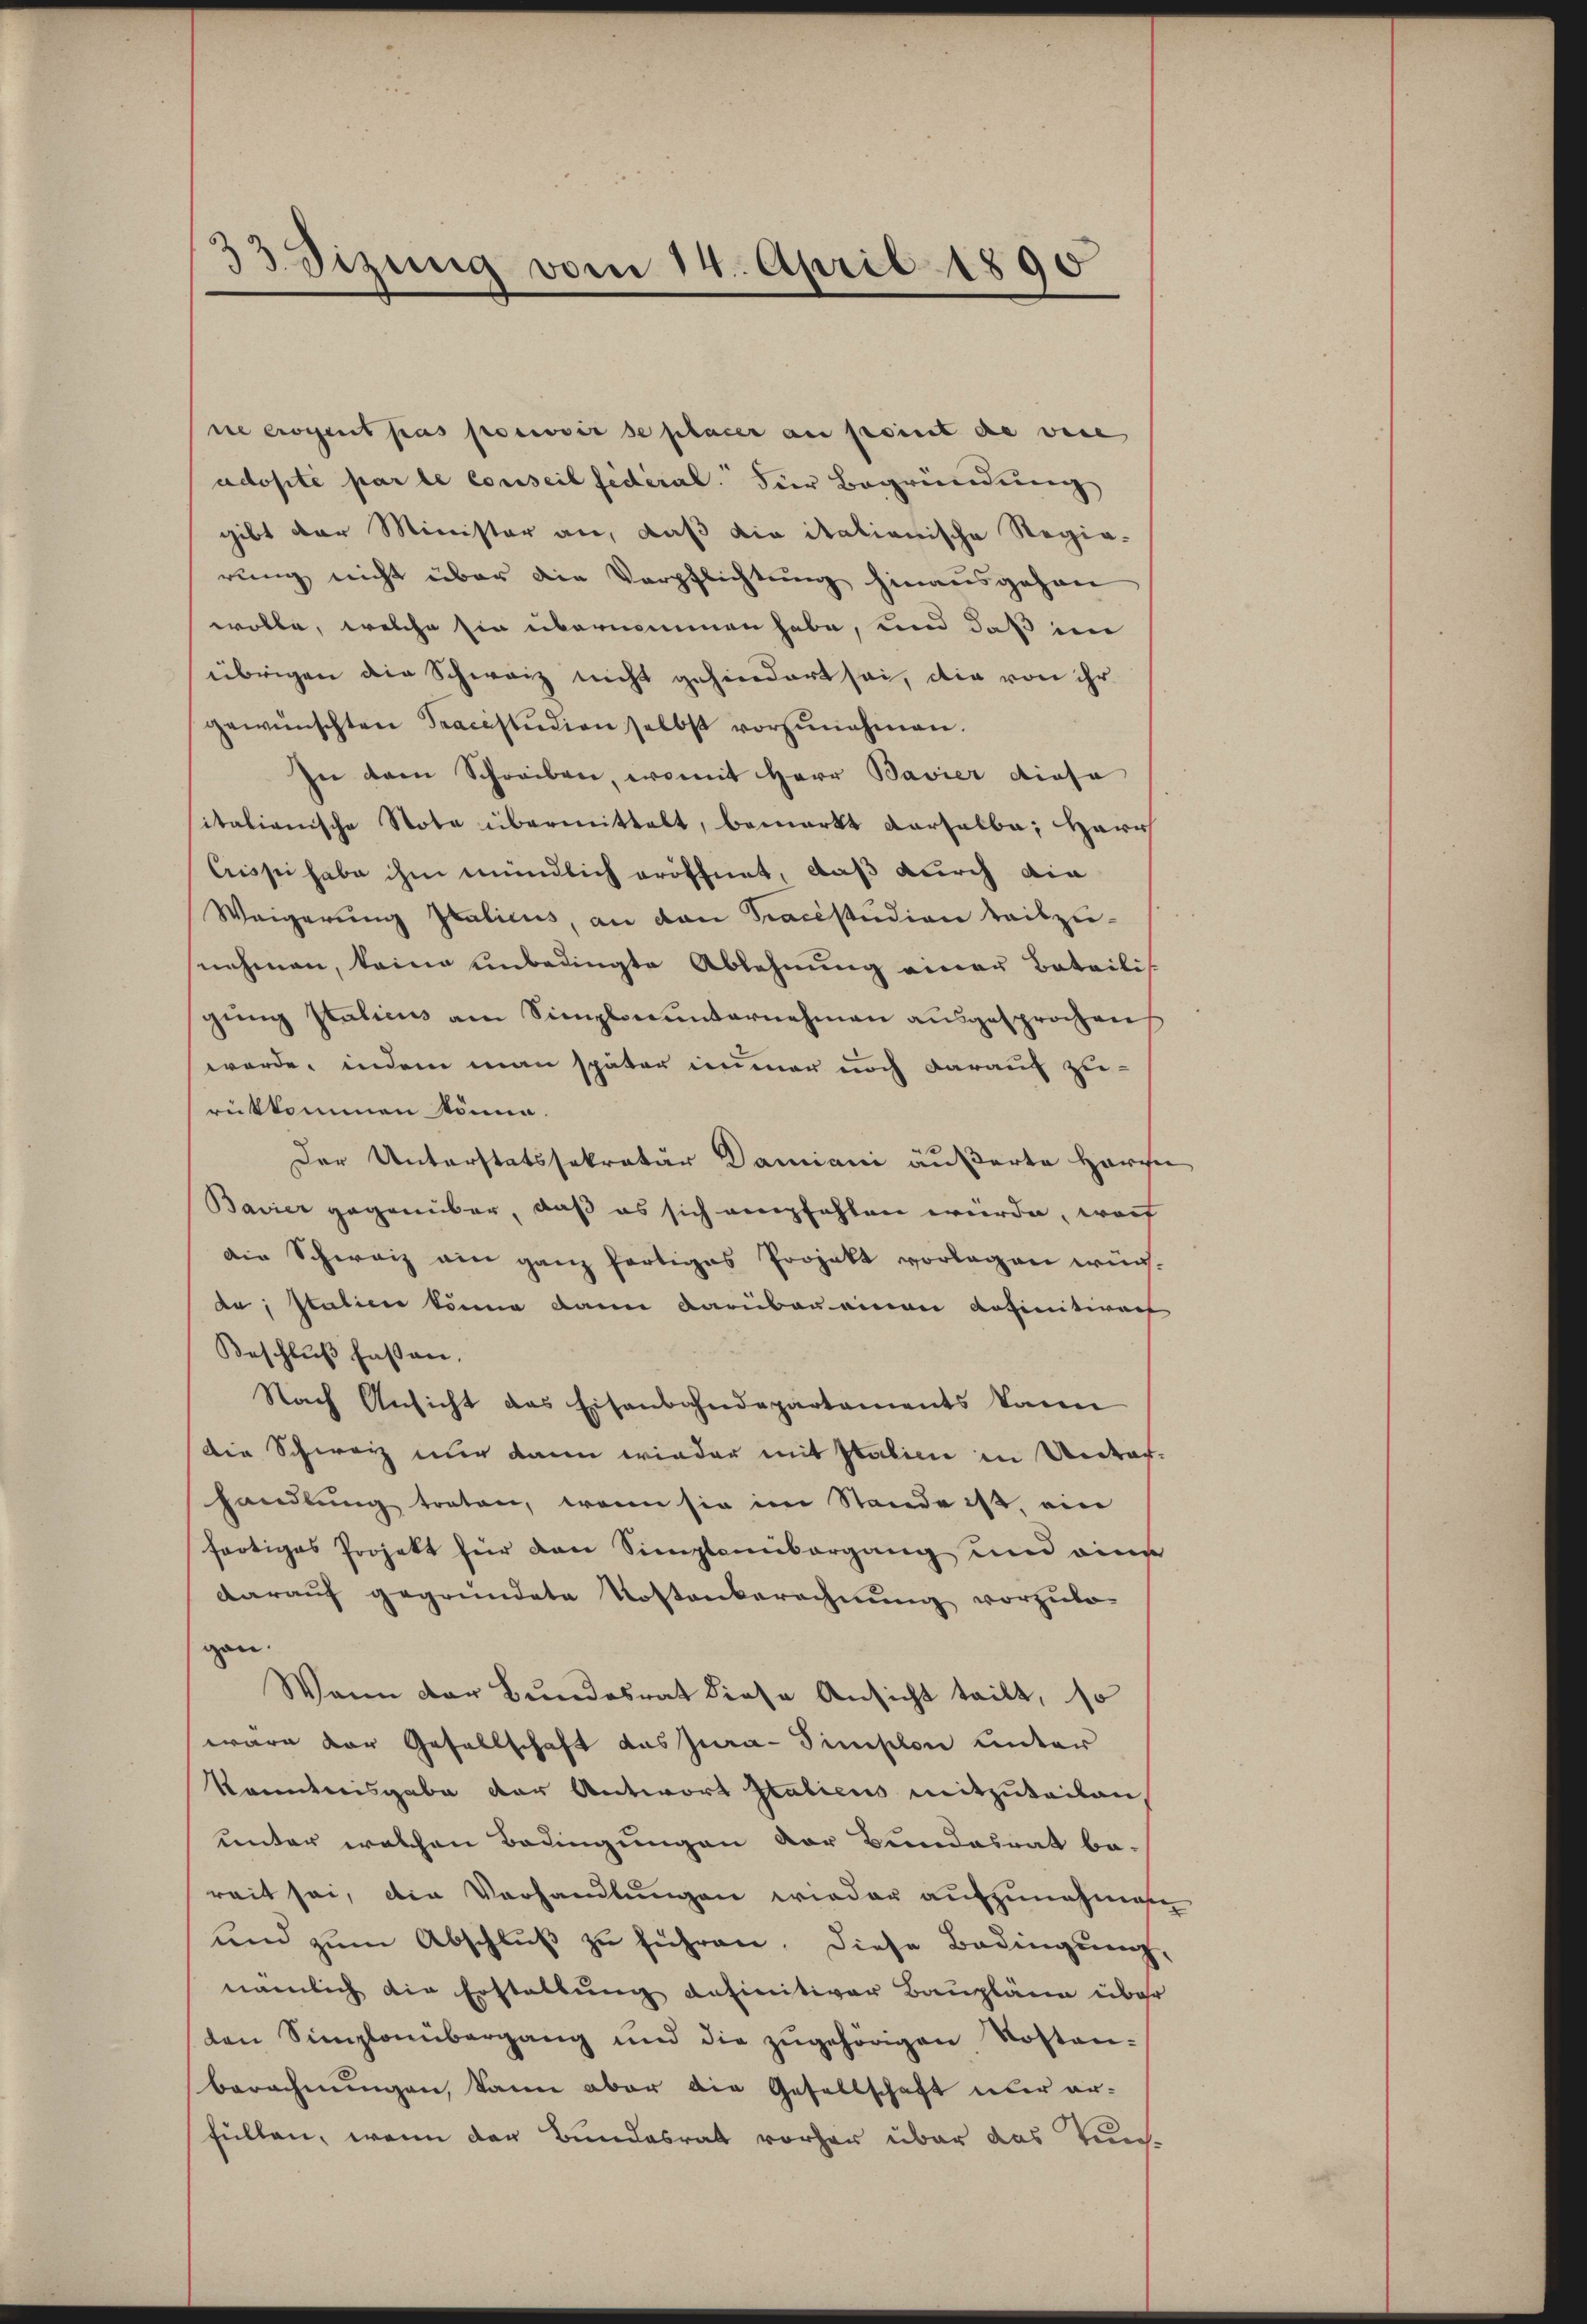
33 Sizung vom 14. April 1890

ne erogent pas promovir de placer au point die wese
adopté par le conseil fédéral. Hier Begründung
gibt der Minister an, daß die italionische Regie-
rung nicht über die Verpflichtung hinausgehen
wolle, welche sie übernommen habe, und daß im
übrigen die Schweiz nicht gehindert sei, die von ihr
gewünschten Tracestudion selbst vorzŭnehmen.
In dem Schreiben, womit Herr Bavier diese
italianische Nota übermittelt, bemerkt verselbe, Herr
Crisse habe ihm mündlich eröffnet, daß durch die
Weigerung Italicus, an den Tracestudion reibzunehmen, keine unbedingte Ablehnung einer Beteilis
gŭng staticus am Simplonŭnternehmen ausgesprochen
werde, indem man später immer noch darauf zu-
rükkommen könne.
Der Unterstatssekretär Damiani äußerte Herzei
Bavier gegenüber, daß es sich empfehlen würde, worf
die Schweiz ein ganz fertiges Projekt vorlegen würde, statien könne dann darübereinen definitiven
Beschlŭβ fassen.
Nach Ansicht das Eisenbahndepartaments kann
die Schweiz nur dann wieder mit Italien in Urdorhandlung treten, wenn sie im Stande ist, ein
fertiges Projekt für den Simplemibergang und eine
darauf gegründete Kostenberechnung vorzulo-
gan.
Wann der Bundesrat diese Ansicht teilt, so
wäre der Gesellschaft das Jura-Simplon unter
Kenntnisgabe der Antwort Italicus mitzuteilen,
unter welchen Bedingungen der Bundesrat be-
reit sei, die Verhandlungen wieder aufzunehmen
und zum Abschluß zu führen. Diese Bedingung,
nämlich die Erstellung definitiver Baupläne über
den Simplonübergang und die zŭgehörigen Kosten-
berechnungen, kann aber die Gesellschaft über ar-
füllen, wenn der Bundesrat vorher über das Tun¬